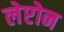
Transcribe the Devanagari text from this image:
लेप्टोन